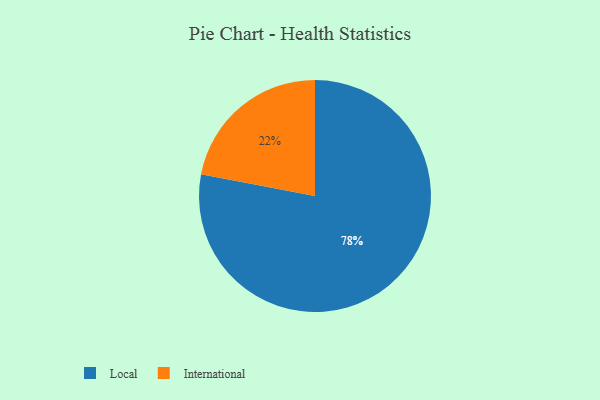
{"axis": {"x": "Category", "y": "Percentage"}, "legend": ["International", "Local"], "data": [{"x": "International", "y": 22, "type": "International"}, {"x": "Local", "y": 78, "type": "Local"}]}